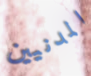
المدنيين